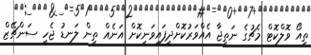
ތިއޯ ވޮލްކޮޓް މެޗުގެ ނަތީޖާ އެއްވަރުކޮށްދީފައިވަނިކޮށް އަނެއް ތިން ލަނޑު ޖެހީ ސަންޗޭޒް